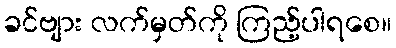
ခင်ဗျား လက်မှတ်ကို ကြည့်ပါရစေ။